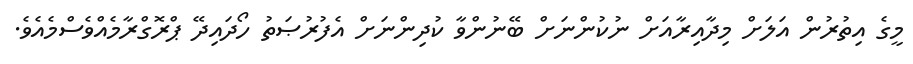
މީގެ އިތުރުން އަލަށް މިދާއިރާއަށް ނުކުންނަށް ބޭނުންވާ ކުދިންނަށް އެފުރުޞަތު ހޯދައިދޭ ޕްރޮގްރާމެއްވެސްމެއެވެ.